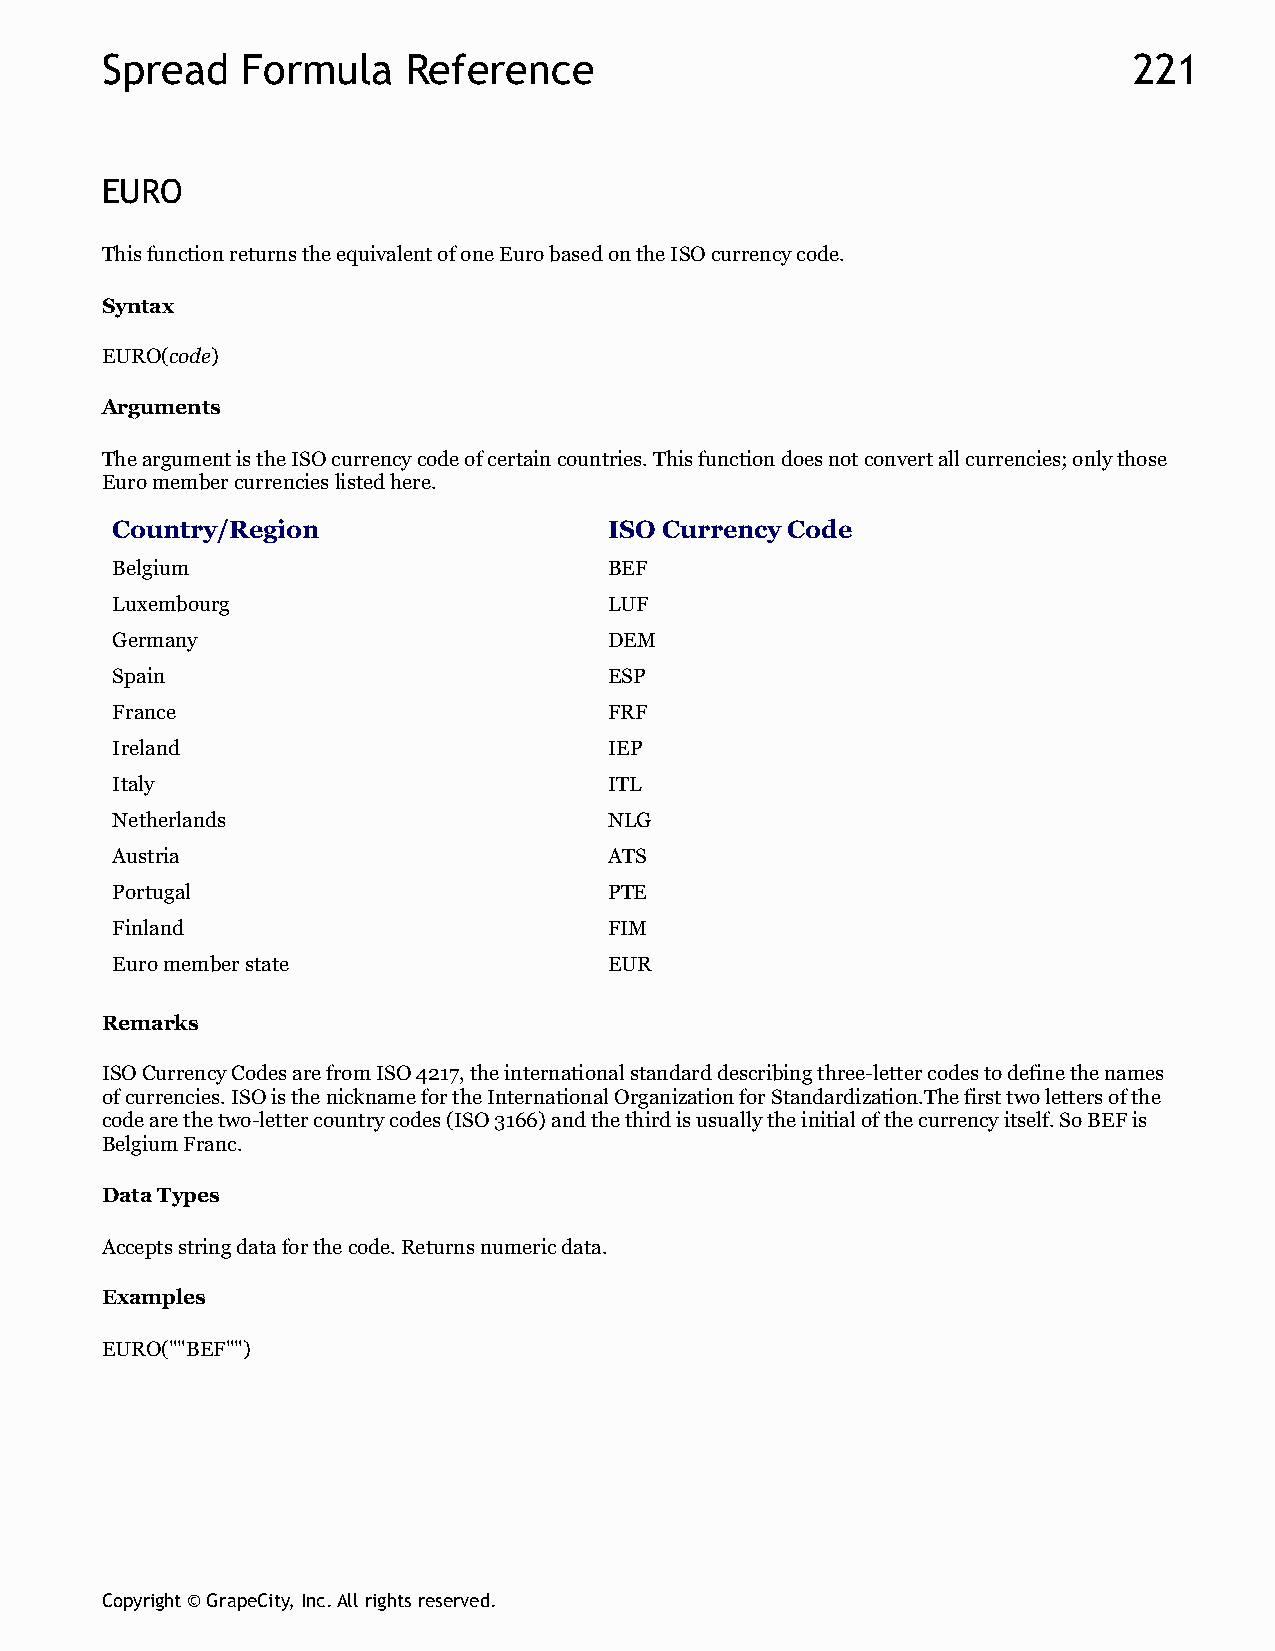
Spread   Formula    Reference                                       221
 EURO
 This function returns the equivalent of one Euro based on the ISO currency code.
 Syntax
 EURO(code)
 Arguments
 The argument is the ISO currency code of certain countries. This function does not convert all currencies; only those
 Euro member currencies listed here.
 Country/Region                   ISO Currency Code
 Belgium                          BEF
 Luxembourg                       LUF
 Germany                          DEM
 Spain                            ESP
 France                           FRF
 Ireland                          IEP
 Italy                            ITL
 Netherlands                      NLG
 Austria                          ATS
 Portugal                         PTE
 Finland                          FIM
 Euro member state                EUR
 Remarks
 ISO Currency Codes are from ISO 4217, the international standard describing three-letter codes to define the names
 of currencies. ISO is the nickname for the International Organization for Standardization.The first two letters of the
 code are the two-letter country codes (ISO 3166) and the third is usually the initial of the currency itself. So BEF is
 Belgium Franc.
 Data Types
 Accepts string data for the code. Returns numeric data.
 Examples
 EURO(""BEF"")
 Copyright © GrapeCity, Inc. All rights reserved.